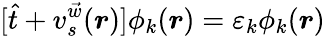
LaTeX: [\hat{t}+v_{s}^{\vec{w}}(\boldsymbol{r})]\phi_{k}(\boldsymbol{r})=\varepsilon_{k}\phi_{k}(\boldsymbol{r})